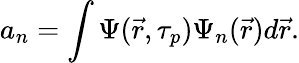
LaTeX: a_{n}=\int\Psi(\vec{r},\tau_{p})\Psi_{n}(\vec{r})d\vec{r}.